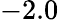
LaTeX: -2.0